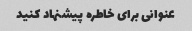
عنوانی برای خاطره پیشنهاد کنید